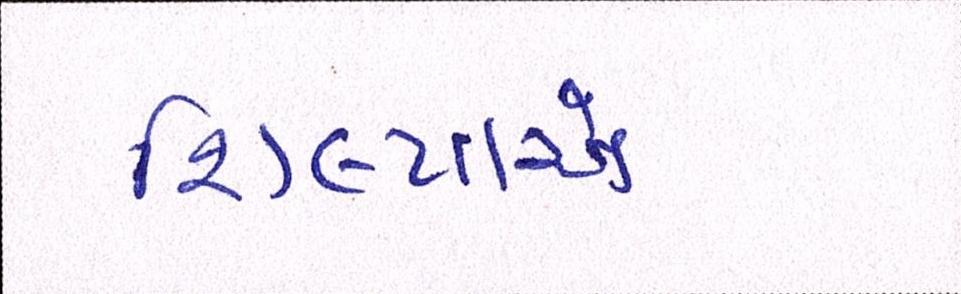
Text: શિલ્પાએ